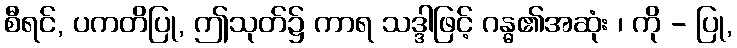
စီရင်, ပကတိပြု, ဤသုတ်၌ ကာရ သဒ္ဒါဖြင့် ဂန္ဓ၏အဆုံး ၊ ကို - ပြု,